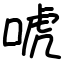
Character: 唬